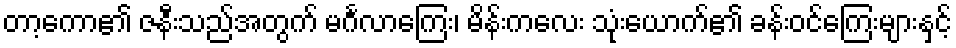
တာ့ကော၏ ဇနီးသည်အတွက် မင်္ဂလာကြေး၊ မိန်းကလေး သုံးယောက်၏ ခန်းဝင်ကြေးများနှင့်